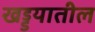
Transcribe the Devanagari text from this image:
खड्डयातील